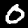
Label: 0